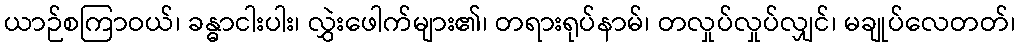
ယာဉ်စကြာဝယ်၊ ခန္ဓာငါးပါး၊ လွှဲးဖေါက်များ၏၊ တရားရုပ်နာမ်၊ တလှုပ်လှုပ်လျှင်၊ မချုပ်လေတတ်၊